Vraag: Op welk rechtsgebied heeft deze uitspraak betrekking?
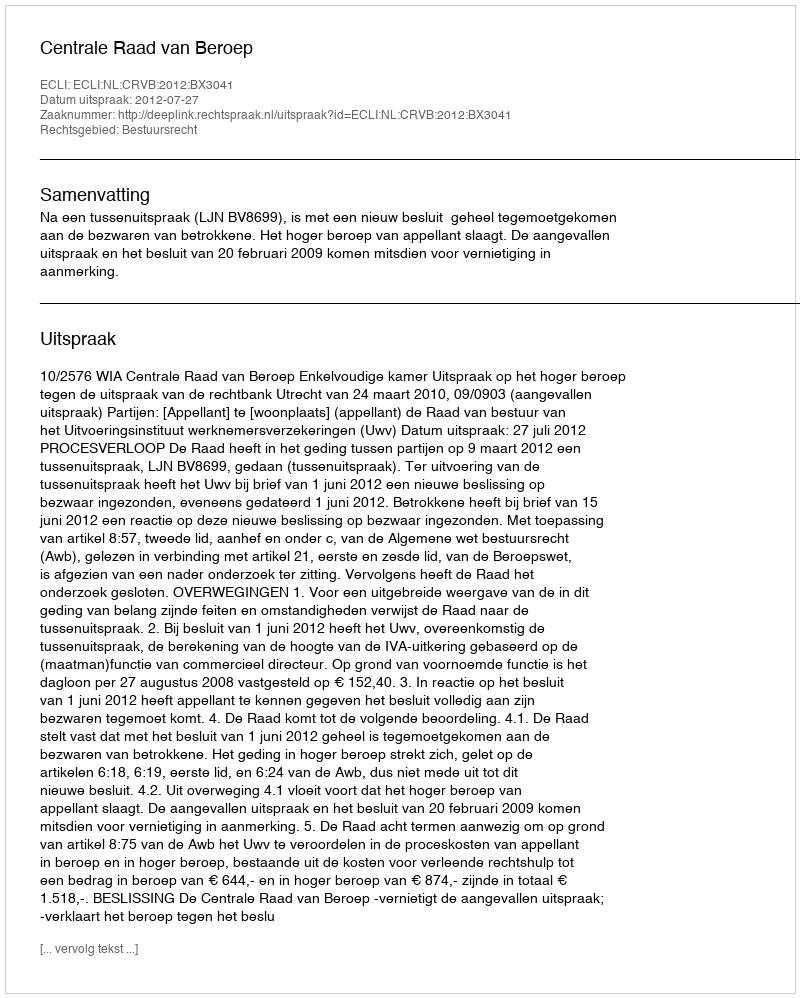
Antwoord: Bestuursrecht